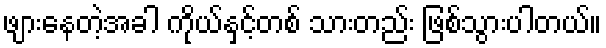
ဖျားနေတဲ့အခါ ကိုယ်နှင့်တစ် သားတည်း ဖြစ်သွားပါတယ်။